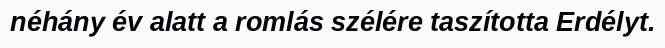
néhány év alatt a romlás szélére taszította Erdélyt.